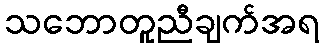
သဘောတူညီချက်အရ